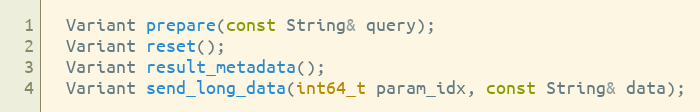
Language: C
  Variant prepare(const String& query);
  Variant reset();
  Variant result_metadata();
  Variant send_long_data(int64_t param_idx, const String& data);